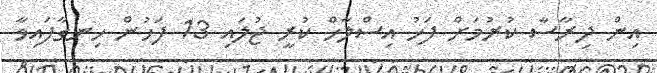
އިން ދިރާސާ ކުރުމަށް ފަހު އިސްލާހް ކުރީ ޖުލައި 13 ފަހުން ހިނގާފައިވާ